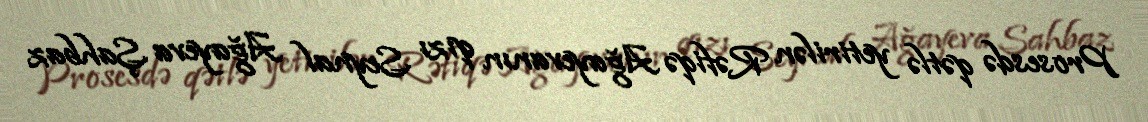
Prosesdə qətlə yetirilən Rəfiqə Ağayevanın qızı Seynal Ağayeva Şahbaz